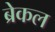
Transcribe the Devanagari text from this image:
ब्रेकल